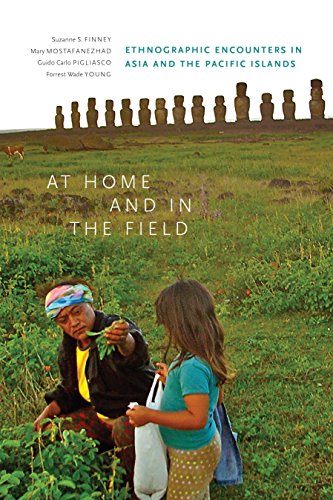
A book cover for At Home and in the Field: Ethnographic Encounters in Asia and the Pacific Islands; History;